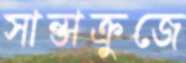
সান্তাক্রুজে